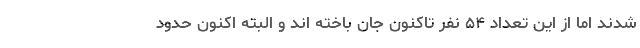
شدند اما از این تعداد ۵۴ نفر تاکنون جان باخته اند و البته اکنون حدود